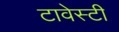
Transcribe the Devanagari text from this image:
टावेस्टी